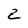
Character: 2